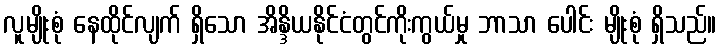
လူမျိုးစုံ နေထိုင်လျက် ရှိသော အိန္ဒိယနိုင်ငံတွင်ကိုးကွယ်မှု ဘာသာ ပေါင်း မျိုးစုံ ရှိသည်။